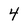
Character: 4